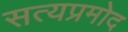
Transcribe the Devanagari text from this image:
सत्यप्रमोद